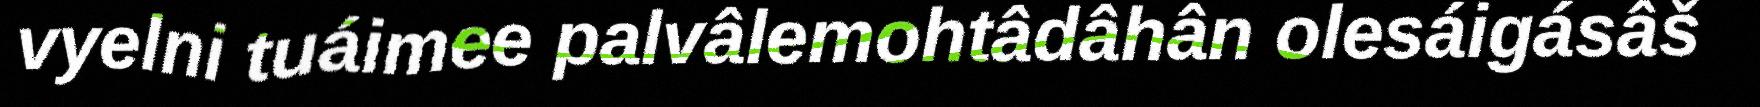
vyelni tuáimee palvâlemohtâdâhân olesáigásâš